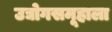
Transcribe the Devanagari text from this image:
उद्योगसमूहाला